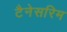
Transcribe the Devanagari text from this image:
टैनेसरिम